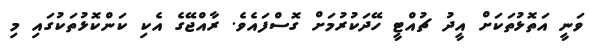
ވަނީ އަތޮޅުތަކަށް އީދު ޗުއްޓީ ހޭދަކުރުމަށް ގޮސްފައެވެ. ރާއްޖޭގެ އެކި ކަންކޮޅުތަކުގައި މި